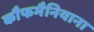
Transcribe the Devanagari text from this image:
कौफमैनियाना